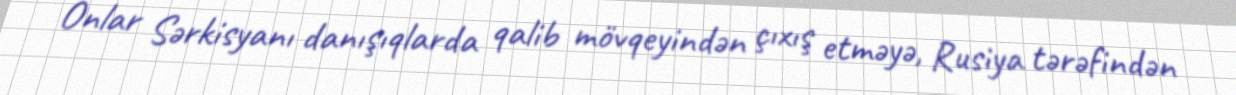
Onlar Sərkisyanı danışıqlarda qalib mövqeyindən çıxış etməyə, Rusiya tərəfindən